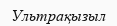
Ультрақызыл